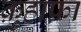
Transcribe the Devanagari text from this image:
क़ुहाफ़ा